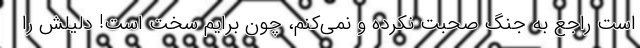
است راجع به جنگ صحبت نکرده و نمی‌کنم، چون برایم سخت است! دلیلش را